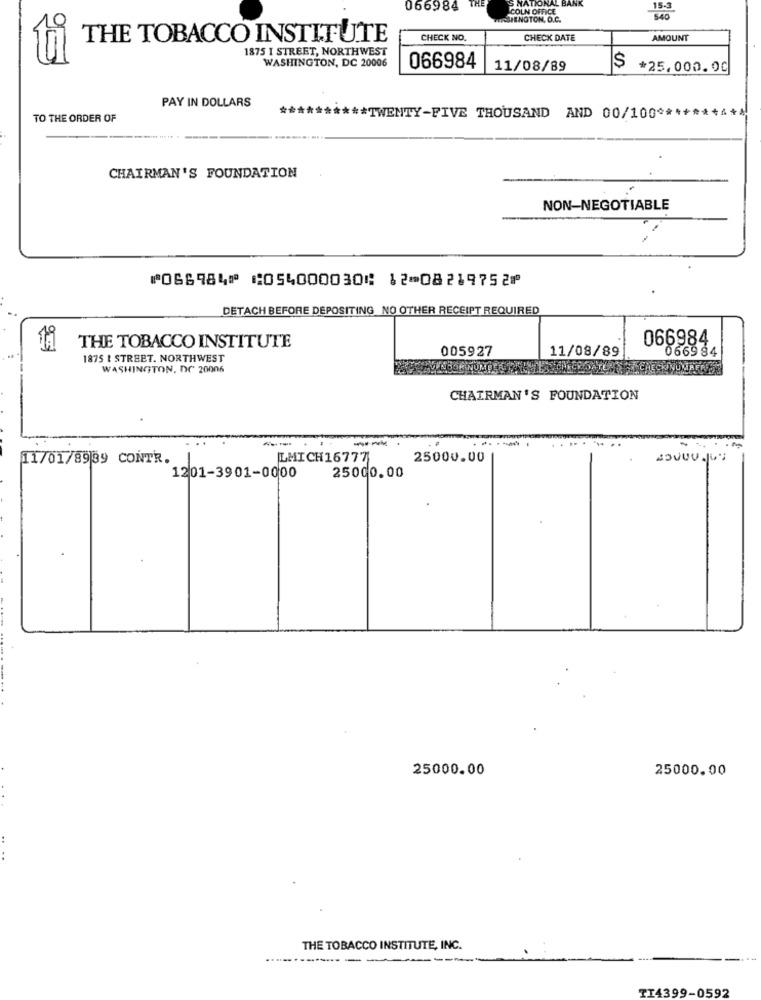
'S NATIONAL BANK
066984 THE
COLN OFFICE
15-3
RSINGTON, O.C.
540
THE TOBACCO INSTITUTE
CHECK NO.
CHECK DATE
AMOUNT
1875 I STREET, NORTHWEST
WASHINGTON, DC 20006
066984
11/08/89
$ +25,000.00
PAY IN DOLLARS
TO THE ORDER OF
****** TWENTY-FIVE THOUSAND AND 00/100 ****
CHAIRMAN'S FOUNDATION
NON-NEGOTIABLE
⑈066984⑈ ⑆054000030⑆ 12⑉08219752⑈
DETACH BEFORE DEPOSITING NO OTHER RECEIPT REQUIRED
066984
THE TOBACCO INSTITUTE
11/08/89
066984
1875 L STREET. NORTHWEST
005927
WASHINGTON, DC 20006
CHAIRMAN'S FOUNDATION
--
. .. .
11/01/8939 CONTR.
LMICH16777
25000.00
1201-3901-0000
25000.00
25000.00
25000.00
THE TOBACCO INSTITUTE, INC.
-
TI4399-0592